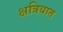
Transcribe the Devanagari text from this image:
क्षत्रियात